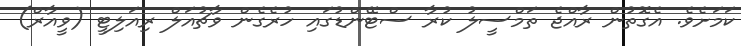
ކަމަށެވެ. އެގޮތުން ރާއްޖެ ތަމްސީލު ކުރާ ސްޓޭންޑުގައި ހުރެގެން ވާޗުއަލް ރިއަލިޓީ (ވީއާރް)